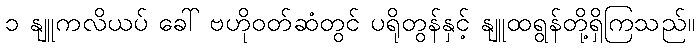
၁ နျူကလိယပ် ခေါ် ဗဟိုဝတ်ဆံတွင် ပရိုတွန်နှင့် နျူထရွန်တို့ရှိကြသည်။